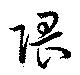
隈